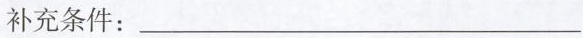
补充条件：___